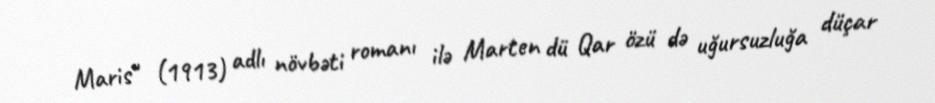
Maris" (1913) adlı növbəti romanı ilə Marten dü Qar özü də uğursuzluğa düçar